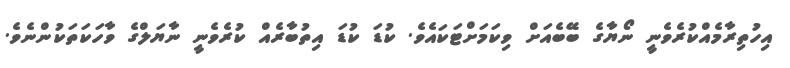
އިހުތިރާމެއްކުރެވެނީ ނޯޔާގެ ބޭބެއަށް ވިކަމަށްޓަކައެވެ. ކުޑަ ކުޑަ އިތުބާރެއް ކުރެވެނީ ނާޔަލްގެ ވާހަކަތަކުންނެވެ.